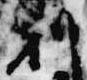
刻